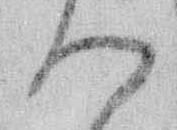
つ